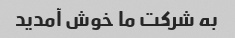
به شرکت ما خوش آمدید